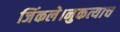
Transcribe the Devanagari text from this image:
जिंकले।नुकत्याच